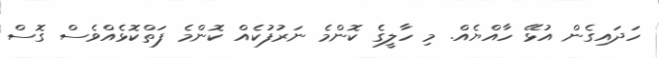
ހަދައިގެން އުޅޭ ހާއްޔެއް. މި ހާލީގެ ކޮންމެ ނަރުފުކެއް ކޮންމެ ފަތްކޮޅެއްވެސް ގޮސް